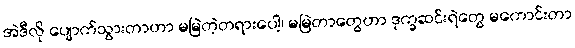
အဲဒီလို ပျောက်သွားတာဟာ မမြဲတဲ့တရားပေါ့၊ မမြဲတာတွေဟာ ဒုက္ခဆင်းရဲတွေ မကောင်းတာ